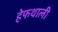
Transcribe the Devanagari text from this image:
हेफथाली